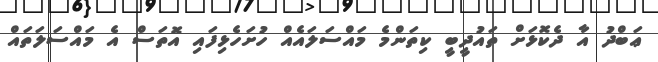
ޢަބްދު އާ ދެކޮޅަށް ތައުދީބީ ކިތަންމެ މައްސަލައެއް ހުށަހެޅިފައި އޮތަސް އެ މައްސަލަތައް